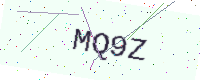
Text: MQ9Z